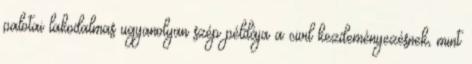
palotai lakodalmas ugyanolyan szép példája a civil kezdeményezésnek, mint